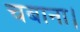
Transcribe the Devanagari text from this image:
चबाना।